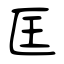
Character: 匡